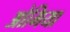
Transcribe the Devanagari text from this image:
ओमिया